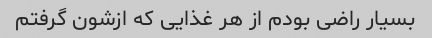
بسیار راضی بودم از هر غذایی که ازشون گرفتم